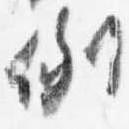
例